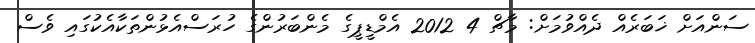
ސަންއަށް ޚަބަރެއް ދެއްވުމަށް: މާޗް 4 2012 އެމްޑީޕީގެ މެންބަރުންގެ ހުރަސްއެޅުންތަކާއެކުގައި ވެސް